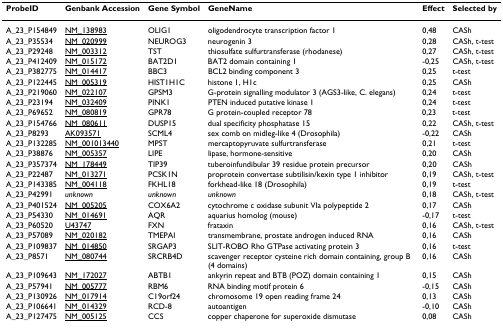
<table><thead><tr><td><b>ProbeID</b></td><td><b>Genbank Accession</b></td><td><b>Gene Symbol</b></td><td><b>GeneName</b></td><td><b>Effect</b></td><td><b>Selected by</b></td></tr></thead><tbody><tr><td>A_23_P154849</td><td>NM_138983</td><td>OLIG1</td><td>oligodendrocyte transcription factor 1</td><td>0,48</td><td>CASh</td></tr><tr><td>A_23_P35534</td><td>NM_020999</td><td>NEUROG3</td><td>neurogenin 3</td><td>0,28</td><td>CASh, t-test</td></tr><tr><td>A_23_P29248</td><td>NM_003312</td><td>TST</td><td>thiosulfate sulfurtransferase (rhodanese)</td><td>0,27</td><td>CASh, t-test</td></tr><tr><td>A_23_P412409</td><td>NM_015172</td><td>BAT2D1</td><td>BAT2 domain containing 1</td><td>-0,25</td><td>CASh, t-test</td></tr><tr><td>A_23_P382775</td><td>NM_014417</td><td>BBC3</td><td>BCL2 binding component 3</td><td>0,25</td><td>t-test</td></tr><tr><td>A_23_P122445</td><td>NM_005319</td><td>HIST1H1C</td><td>histone 1, H1c</td><td>0,25</td><td>CASh</td></tr><tr><td>A_23_P219060</td><td>NM_022107</td><td>GPSM3</td><td>G-protein signalling modulator 3 (AGS3-like, C. elegans)</td><td>0,24</td><td>t-test</td></tr><tr><td>A_23_P23194</td><td>NM_032409</td><td>PINK1</td><td>PTEN induced putative kinase 1</td><td>0,24</td><td>t-test</td></tr><tr><td>A_23_P69652</td><td>NM_080819</td><td>GPR78</td><td>G protein-coupled receptor 78</td><td>0,23</td><td>t-test</td></tr><tr><td>A_23_P154766</td><td>NM_080611</td><td>DUSP15</td><td>dual specificity phosphatase 15</td><td>0,22</td><td>CASh, t-test</td></tr><tr><td>A_23_P8293</td><td>AK093571</td><td>SCML4</td><td>sex comb on midleg-like 4 (Drosophila)</td><td>-0,22</td><td>CASh</td></tr><tr><td>A_23_P132285</td><td>NM_001013440</td><td>MPST</td><td>mercaptopyruvate sulfurtransferase</td><td>0,21</td><td>t-test</td></tr><tr><td>A_23_P38876</td><td>NM_005357</td><td>LIPE</td><td>lipase, hormone-sensitive</td><td>0,20</td><td>CASh</td></tr><tr><td>A_23_P357374</td><td>NM_178449</td><td>TIP39</td><td>tuberoinfundibular 39 residue protein precursor</td><td>0,20</td><td>CASh</td></tr><tr><td>A_23_P22487</td><td>NM_013271</td><td>PCSK1N</td><td>proprotein convertase subtilisin/kexin type 1 inhibitor</td><td>0,19</td><td>CASh, t-test</td></tr><tr><td>A_23_P143385</td><td>NM_004118</td><td>FKHL18</td><td>forkhead-like 18 (Drosophila)</td><td>0,19</td><td>t-test</td></tr><tr><td>A_23_P42991</td><td><i>unknown</i></td><td><i>unknown</i></td><td><i>unknown</i></td><td>0,18</td><td>CASh, t-test</td></tr><tr><td>A_23_P401524</td><td>NM_005205</td><td>COX6A2</td><td>cytochrome c oxidase subunit VIa polypeptide 2</td><td>0,17</td><td>CASh</td></tr><tr><td>A_23_P54330</td><td>NM_014691</td><td>AQR</td><td>aquarius homolog (mouse)</td><td>-0,17</td><td>t-test</td></tr><tr><td>A_23_P60520</td><td>U43747</td><td>FXN</td><td>frataxin</td><td>0,16</td><td>CASh, t-test</td></tr><tr><td>A_23_P57089</td><td>NM_020182</td><td>TMEPAI</td><td>transmembrane, prostate androgen induced RNA</td><td>0,16</td><td>CASh</td></tr><tr><td>A_23_P109837</td><td>NM_014850</td><td>SRGAP3</td><td>SLIT-ROBO Rho GTPase activating protein 3</td><td>0,16</td><td>t-test</td></tr><tr><td>A_23_P8571</td><td>NM_080744</td><td>SRCRB4D</td><td>scavenger receptor cysteine rich domain containing, group B (4 domains)</td><td>0,16</td><td>CASh</td></tr><tr><td>A_23_P109643</td><td>NM_172027</td><td>ABTB1</td><td>ankyrin repeat and BTB (POZ) domain containing 1</td><td>0,15</td><td>CASh</td></tr><tr><td>A_23_P57941</td><td>NM_005777</td><td>RBM6</td><td>RNA binding motif protein 6</td><td>-0,15</td><td>CASh</td></tr><tr><td>A_23_P130926</td><td>NM_017914</td><td>C19orf24</td><td>chromosome 19 open reading frame 24</td><td>0,13</td><td>CASh</td></tr><tr><td>A_23_P106641</td><td>NM_014329</td><td>RCD-8</td><td>autoantigen</td><td>-0,10</td><td>CASh</td></tr><tr><td>A_23_P127475</td><td>NM_005125</td><td>CCS</td><td>copper chaperone for superoxide dismutase</td><td>0,08</td><td>CASh</td></tr></tbody></table>